Leprosy in India: report of the Leprosy Commission in India, 1890-91
Year: 1890
Disease focus: Leprosy
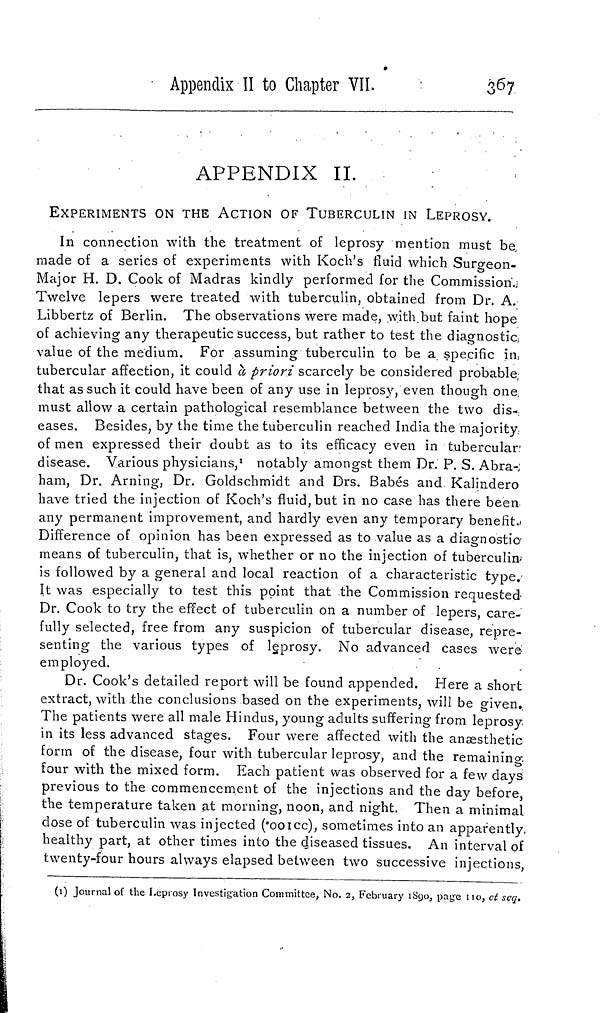
Appendix II to Chapter VII.
367
APPENDIX II.
EXPERIMENTS ON THE ACTION OF TUBERCULIN IN LEPROSY.
In connection with the treatment of leprosy mention must be
made of a series of experiments with Koch's fluid which Surgeon-
Major H. D. Cook of Madras kindly performed for the Commission.
Twelve lepers were treated with tuberculin, obtained from Dr. A.
Libbertz of Berlin. The observations were made, with but faint hope
of achieving any therapeutic success, but rather to test the diagnostic
value of the medium. For assuming tuberculin to be a specific in
tubercular affection, it could à priori scarcely be considered probable
that as such it could have been of any use in leprosy, even though one
must allow a certain pathological resemblance between the two dis-
eases. Besides, by the time the tuberculin reached India the majority
of men expressed their doubt as to its efficacy even in tubercular
disease. Various physicians, 1 notably amongst them Dr. P. S. Abra-
ham, Dr. Arning, Dr. Goldschmidt and Drs. Babés and Kalindero
have tried the injection of Koch's fluid, but in no case has there been
any permanent improvement, and hardly even any temporary benefit.
Difference of opinion has been expressed as to value as a diagnostic
means of tuberculin, that is, whether or no the injection of tuberculin
is followed by a general and local reaction of a characteristic type.
It was especially to test this point that the Commission requested
Dr. Cook to try the effect of tuberculin on a number of lepers, care-
fully selected, free from any suspicion of tubercular disease, repre-
senting the various types of leprosy. No advanced cases were
employed.
Dr. Cook's detailed report will be found appended. Here a short
extract, with -the conclusions based on the experiments, will be given.
The patients were all male Hindus, young adults suffering from leprosy
in its less advanced stages. Four were affected with the anæsthetic
form of the disease, four with tubercular leprosy, and the remaining
tour with the mixed form. Each patient was observed for a few days
previous to the commencement of the injections and the day before,
the temperature taken at morning, noon, and night. Then a minimal
dose of tuberculin was injected ('ooicc), sometimes into an apparently
healthy part, at other times into the diseased tissues. An interval of
twenty-four hours always elapsed between two successive injections,
(1) Journal of the Leprosy Investigation Committee, No. 2, February 1890, page 110, et seq.